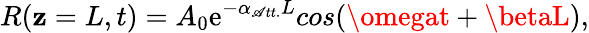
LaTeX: R(\mathbf{z}=L,t)=A_{0}\mathrm{e}^{-\alpha_{\mathscr{A}tt.}L}cos(\omegat+\betaL),